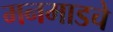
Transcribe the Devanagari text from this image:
मनमाडचे